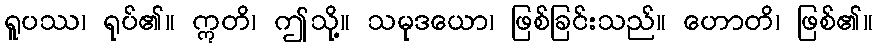
ရူပဿ၊ ရုပ်၏။ ဣတိ၊ ဤသို့။ သမုဒယော၊ ဖြစ်ခြင်းသည်။ ဟောတိ၊ ဖြစ်၏။